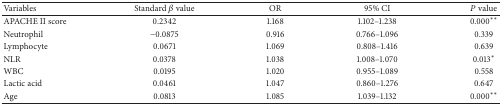
| Variables | Standard β value | OR | 95% CI | P value |
 | --- | --- | --- | --- | --- |
 | APACHE II score | 0.2342 | 1.168 | 1.102–1.238 | 0.000∗∗ |
 | Neutrophil | −0.0875 | 0.916 | 0.766–1.096 | 0.339 |
 | Lymphocyte | 0.0671 | 1.069 | 0.808–1.416 | 0.639 |
 | NLR | 0.0378 | 1.038 | 1.008–1.070 | 0.013∗ |
 | WBC | 0.0195 | 1.020 | 0.955–1.089 | 0.558 |
 | Lactic acid | 0.0461 | 1.047 | 0.860–1.276 | 0.647 |
 | Age | 0.0813 | 1.085 | 1.039–1.132 | 0.000∗∗ |